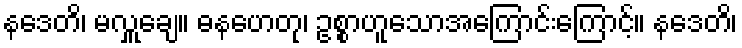
နဒေတိ၊ မလှူချေ။ ဓနဟေတု၊ ဥစ္စာဟူသောအကြောင်းကြောင့်။ နဒေတိ၊